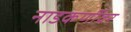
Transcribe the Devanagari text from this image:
नाडकर्णीवर